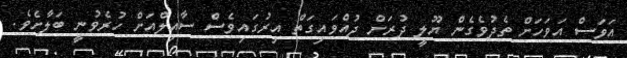
އަވަސް އަވަހަށް ތެދުވެގެން ޔޫލީ ދުރަށް ދުއްވައިގަތް އިރުގައިވެސް ސާއިލްއަށް ހުރެވުނީ ބަލާށެވެ.